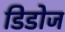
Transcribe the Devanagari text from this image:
डिडोज